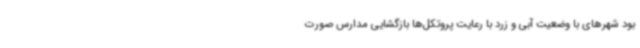
بود شهرهای با وضعیت آبی و زرد با رعایت پروتکل‌ها بازگشایی مدارس صورت